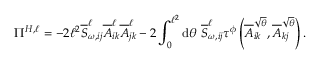
\Pi ^ { H , \ell } = - 2 \ell ^ { 2 } \overline { { S } } _ { \omega , i j } ^ { \ell } \overline { { A } } _ { i k } ^ { \ell } \overline { { A } } _ { j k } ^ { \ell } - 2 \int _ { 0 } ^ { \ell ^ { 2 } } \mathrm { d } \theta ~ \overline { { S } } _ { \omega , i j } ^ { \ell } \tau ^ { \phi } \left( \overline { { A } } _ { i k } ^ { \sqrt { \theta } } , \overline { { A } } _ { k j } ^ { \sqrt { \theta } } \right) .